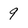
Character: 9